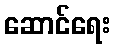
ဆောင်ရေး